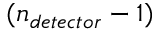
( n _ { d e t e c t o r } - 1 )